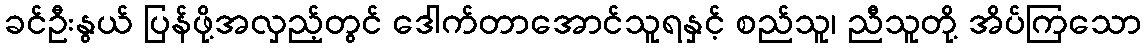
ခင်ဦးနွယ် ပြန်ဖို့အလှည့်တွင် ဒေါက်တာအောင်သူရနှင့် စည်သူ၊ ညီသူတို့ အိပ်ကြသော